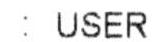
: USER